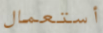
أستعمال